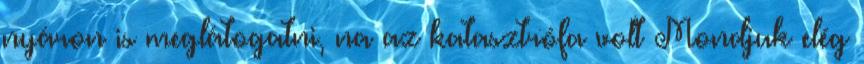
nyáron is meglátogatni, na az katasztrófa volt Mondjuk elég